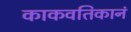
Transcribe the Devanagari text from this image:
काकवतिकानं